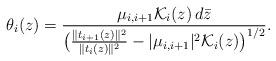
LaTeX: \begin{align*} \theta_{i}(z) = \frac{\mu_{i,i+1} \mathcal K_i(z) \,d\bar{z}}{\big (\frac{\|t_{i+1}(z)\|^2}{\|t_{i}(z)\|^2} - |\mu_{i,i+1}|^2\mathcal K_i(z)\big )^{1/2}}.\end{align*}